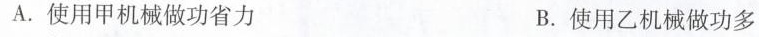
A.使用甲机械做功省力 B.使用乙机械做功多